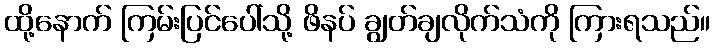
ထို့နောက် ကြမ်းပြင်ပေါ်သို့ ဖိနပ် ချွတ်ချလိုက်သံကို ကြားရသည်။